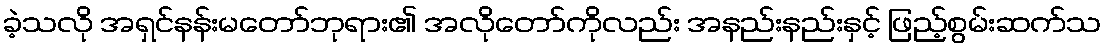
ခဲ့သလို အရှင်နန်းမတော်ဘုရား၏ အလိုတော်ကိုလည်း အနည်းနည်းနှင့် ဖြည့်စွမ်းဆက်သ